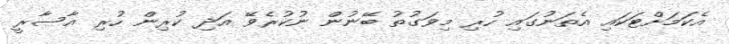
އެކަމަށްޓަކައި އެތަނުގައި ހުރި މިވަގުތު ބޭނުން ނުކުރެވޭ އަދި ކުރިން ހުރި އާސާރީ